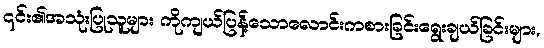
၎င်း၏အသုံးပြုသူများ ကိုကျယ်ပြန့်သောလောင်းကစားခြင်းရွေးချယ်ခြင်းများ,